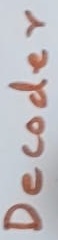
Text: Decoder